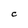
Character: C